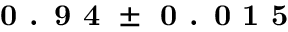
\textbf { 0 . 9 4 } \pm \textbf { 0 . 0 1 5 }